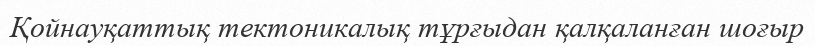
Қойнауқаттық тектоникалық тұрғыдан қалқаланған шоғыр